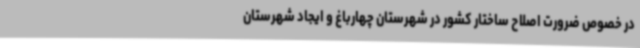
در خصوص ضرورت اصلاح ساختار کشور در شهرستان چهارباغ و ایجاد شهرستان